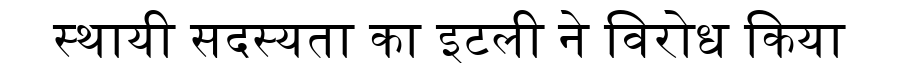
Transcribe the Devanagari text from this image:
स्थायी सदस्यता का इटली ने विरोध किया